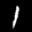
Label: 1